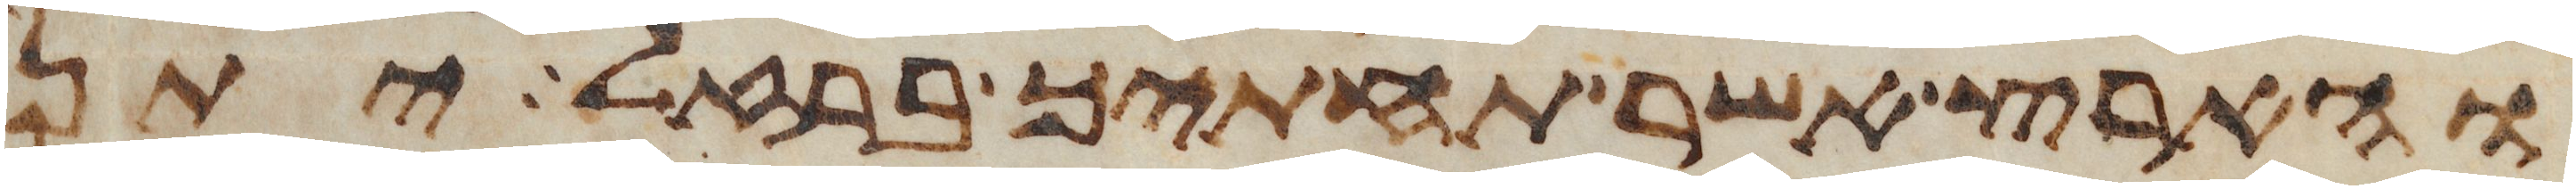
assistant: והארץ אשר תחתיך ברזל יתן